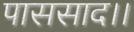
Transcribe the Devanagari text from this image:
पाससाद।।